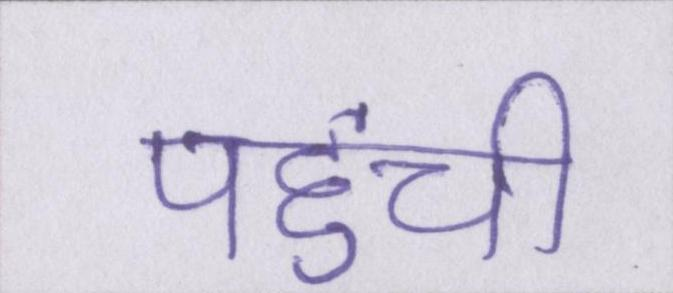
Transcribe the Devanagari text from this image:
पहुंची